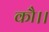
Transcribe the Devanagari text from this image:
कौ।।